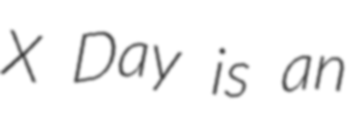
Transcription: X Day is an